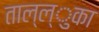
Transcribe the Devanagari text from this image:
ताल्ल्ुका